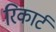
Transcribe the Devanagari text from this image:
रिकार्ट